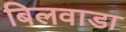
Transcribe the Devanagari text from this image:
बिलवाडा